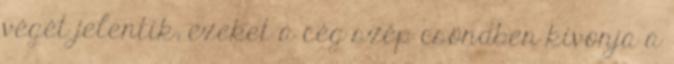
végét jelentik, ezeket a cég szép csöndben kivonja a